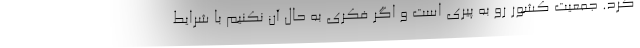
کرد. جمعیت کشور رو به پیری است و اگر فکری به حال آن نکنیم با شرایط